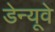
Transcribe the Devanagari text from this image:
डेन्यूवे